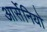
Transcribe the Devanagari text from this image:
आर्सेनियो